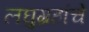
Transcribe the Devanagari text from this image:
लघुग्रहांचे